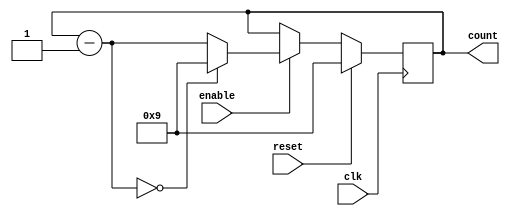
module BCD_Down_Counter (
    input wire clk,
    input wire enable,
    input wire reset,
    output reg [3:0] count
);

reg [3:0] next_count;

always @(posedge clk) begin
    if (reset) begin
        count <= 4'b1001; // Initial BCD value
    end else if (enable) begin
        next_count = count - 1;
        if (next_count == 4'b0000) begin
            count <= 4'b1001; // Reset to initial value
        end else begin
            count <= next_count;
        end
    end
end

endmodule